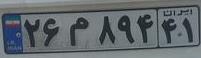
۲۶م۸۹۴۴۱